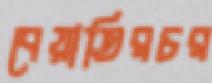
বেয়াতিরচর